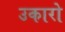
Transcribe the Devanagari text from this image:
उकारो